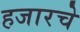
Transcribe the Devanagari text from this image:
हजारचे